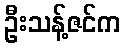
ဦးသန့်ဇင်က